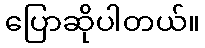
ပြောဆိုပါတယ်။